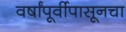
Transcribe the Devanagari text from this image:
वर्षांपूर्वीपासूनचा